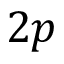
2 p